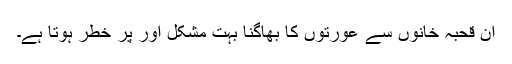
ان قحبہ خانوں سے عورتوں کا بھاگنا بہت مشکل اور پر خطر ہوتا ہے۔